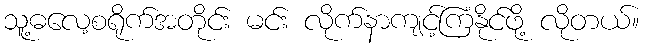
သူ့ဓလေ့စရိုက်အတိုင်း မင်း လိုက်နာကျင့်ကြံနိုင်ဖို့ လိုတယ်။